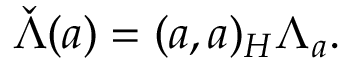
\check { \Lambda } ( a ) = { ( a , a ) _ { \c H } } \Lambda _ { a } .